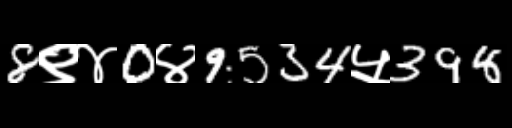
Text: 8९४0४9534५398